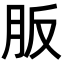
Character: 𦙀